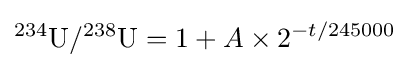
^{234}{\text{U}}/^{238}{\text{U}}=1+A\times 2^{-t/245000}